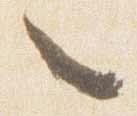
々